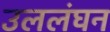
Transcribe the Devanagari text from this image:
उललंघन